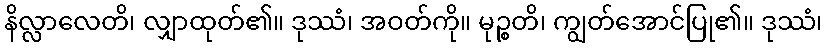
နိလ္လာလေတိ၊ လျှာထုတ်၏။ ဒုဿံ၊ အဝတ်ကို။ မုဉ္စတိ၊ ကျွတ်အောင်ပြု၏။ ဒုဿံ၊